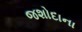
જશોદાના